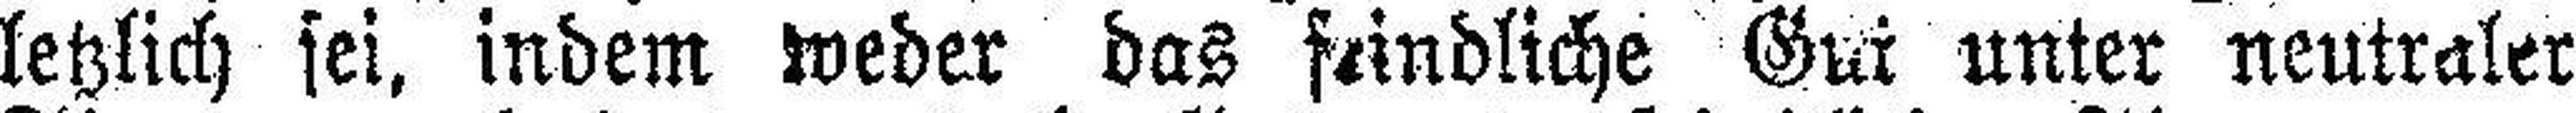
letzlich sei, indem weder das feindliche Gut unter neutraler